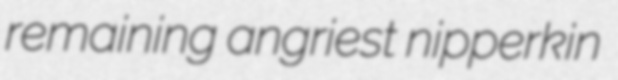
remaining angriest nipperkin